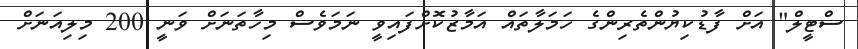
ސްޓީލް" އަށް ފާޑުކިޔުންތެރިންގެ ހަމަލާތައް އަމާޒުކޮށްފައިވީ ނަމަވެސް މިހާތަނަށް ވަނީ 200 މިލިއަނަށް